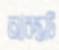
আরম্ভটি